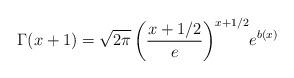
LaTeX: \begin{align*}\Gamma(x+1) =\sqrt{2\pi}\,\biggl(\frac{x+1/2}{e}\biggr)^{x+1/2}e^{b(x)}\end{align*}